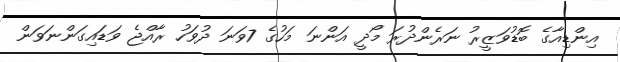
އިންޑިއާގެ ބޮޑުވަޒީރު ނަރެންދުރަ މޯދީ އަންނަ މަހުގެ 7ވަނަ ދުވަހު ރާއްޖެ ވަޑައިގަންނަވަން